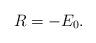
LaTeX: \begin{align*} R = - E_0.\end{align*}